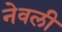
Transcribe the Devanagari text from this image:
नेवली